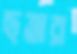
ছত্তার